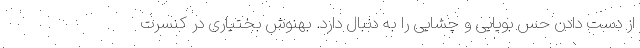
از دست دادن حس بویایی و چشایی را به دنبال دارد. بهنوش بختیاری در کنسرت